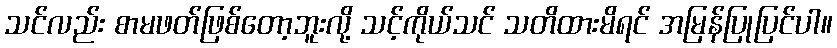
သင်လည်း စာမဖတ်ဖြစ်တော့ဘူးလို့ သင့်ကိုယ်သင် သတိထားမိရင် အမြန်ပြုပြင်ပါ။